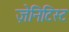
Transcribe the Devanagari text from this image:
ज़ेनिटिस्ट